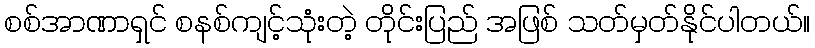
စစ်အာဏာရှင် စနစ်ကျင့်သုံးတဲ့ တိုင်းပြည် အဖြစ် သတ်မှတ်နိုင်ပါတယ်။